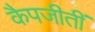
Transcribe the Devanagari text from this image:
कैपजीतीं